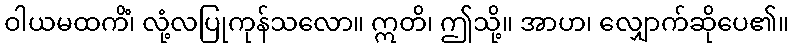
ဝါယမထကိံ၊ လုံ့လပြုကုန်သလော။ ဣတိ၊ ဤသို့။ အာဟ၊ လျှောက်ဆိုပေ၏။